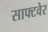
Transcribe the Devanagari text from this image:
साफ्टवेर